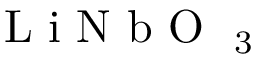
\mathrm { ~ L ~ i ~ N ~ b ~ O ~ } _ { \mathrm { ~ 3 ~ } }